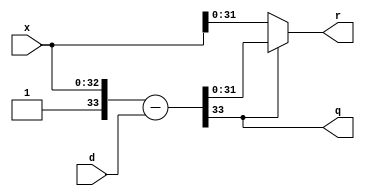

module div1 (
	input [32:0] x,
	input [31:0] d,
	output q,
	output [31:0] r
	);
	wire [33:0] sub;

	assign sub = { 1'b1,x } - { 2'b00,d };
	assign q = sub[33];
	assign r = q ? sub[31:0] : x[31:0];
endmodule

module div2 (
	input clk,
	input [31:0] ux,
	input [1:0] lx,
	input [31:0] d,
	output reg [1:0] q_,
	output reg [31:0] r_
	);
	wire tq;
	wire tq2;
	wire [31:0] tr;

	wire [1:0] q;
	wire [31:0] r;

	div1 u1 ({ux,lx[1]},d,tq,tr);
	div1 u2 ({tr,lx[0]},d,tq2,r);
	assign q = {tq,tq2};

	always @(posedge clk) begin
		q_ <= q;
		r_ <= r;
	end
endmodule

module div4 (
	input clk,
	input [31:0] ux,
	input [3:0] lx,
	input [31:0] d,
	output [3:0] q,
	output [31:0] r
	);
	wire [1:0] tq;
	wire [1:0] tq2;
	wire [31:0] tr;

	div2 u1 (clk,ux,lx[3:2],d,tq,tr);
	div2 u2 (clk,tr,lx[1:0],d,tq2,r);
	assign q = {tq,tq2};
endmodule

module div8 (
	input clk,
	input [31:0] ux,
	input [7:0] lx,
	input [31:0] d,
	output [7:0] q,
	output [31:0] r
	);
	wire [3:0] tq;
	wire [3:0] tq2;
	wire [31:0] tr;

	div4 u1 (clk,ux,lx[7:4],d,tq,tr);
	div4 u2 (clk,tr,lx[3:0],d,tq2,r);
	assign q = {tq,tq2};
endmodule

module div16 (
	input clk,
	input [31:0] ux,
	input [15:0] lx,
	input [31:0] d,
	output [15:0] q,
	output [31:0] r
	);
	wire [7:0] tq;
	wire [7:0] tq2;
	wire [31:0] tr;

	div8 u1 (clk,ux,lx[15:8],d,tq,tr);
	div8 u2 (clk,tr,lx[7:0],d,tq2,r);
	assign q = {tq,tq2};
endmodule

module div32 (
	input clk,
	input   [63:0] x,
	input   [31:0] d,
	output  [31:0] q,
	output  [31:0] r
	);
	wire [15:0] tq;
	wire [15:0] tq2;
	wire [31:0] tr;

	div16 u1(clk,x[63:32],x[31:16],d,tq,tr);
	div16 u2(clk,tr,x[15:0],d,tq2,r);
	assign q = {tq,tq2};
endmodule